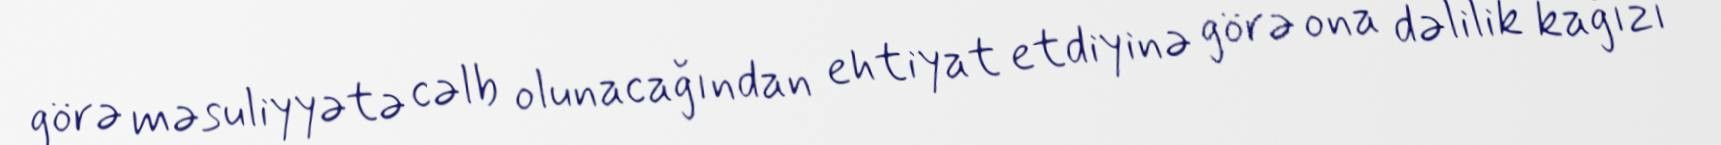
görə məsuliyyətə cəlb olunacağından ehtiyat etdiyinə görə ona dəlilik kağızı